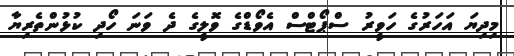
މިދިޔަ އަހަރުގެ ހަވީރު ސްޕޯޓްސް އެވޯޑްގެ ވޮލީގެ ދެ ވަނަ ހޯދި ކުޅުންތެރިޔާ